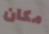
مكان